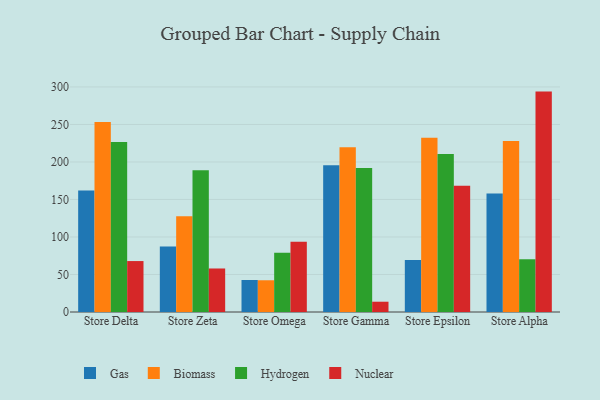
{"axis": {"x": "Store", "y": "Churn Rate (%)"}, "legend": ["Biomass", "Gas", "Hydrogen", "Nuclear"], "data": [{"x": "Store Delta", "y": 161.9, "type": "Gas"}, {"x": "Store Delta", "y": 253.4, "type": "Biomass"}, {"x": "Store Delta", "y": 226.5, "type": "Hydrogen"}, {"x": "Store Delta", "y": 67.9, "type": "Nuclear"}, {"x": "Store Zeta", "y": 87.3, "type": "Gas"}, {"x": "Store Zeta", "y": 127.8, "type": "Biomass"}, {"x": "Store Zeta", "y": 188.8, "type": "Hydrogen"}, {"x": "Store Zeta", "y": 58.0, "type": "Nuclear"}, {"x": "Store Omega", "y": 42.7, "type": "Gas"}, {"x": "Store Omega", "y": 42.3, "type": "Biomass"}, {"x": "Store Omega", "y": 79.1, "type": "Hydrogen"}, {"x": "Store Omega", "y": 93.7, "type": "Nuclear"}, {"x": "Store Gamma", "y": 195.7, "type": "Gas"}, {"x": "Store Gamma", "y": 219.6, "type": "Biomass"}, {"x": "Store Gamma", "y": 192.1, "type": "Hydrogen"}, {"x": "Store Gamma", "y": 13.7, "type": "Nuclear"}, {"x": "Store Epsilon", "y": 69.3, "type": "Gas"}, {"x": "Store Epsilon", "y": 232.2, "type": "Biomass"}, {"x": "Store Epsilon", "y": 210.5, "type": "Hydrogen"}, {"x": "Store Epsilon", "y": 168.3, "type": "Nuclear"}, {"x": "Store Alpha", "y": 158.0, "type": "Gas"}, {"x": "Store Alpha", "y": 228.0, "type": "Biomass"}, {"x": "Store Alpha", "y": 70.3, "type": "Hydrogen"}, {"x": "Store Alpha", "y": 293.8, "type": "Nuclear"}]}